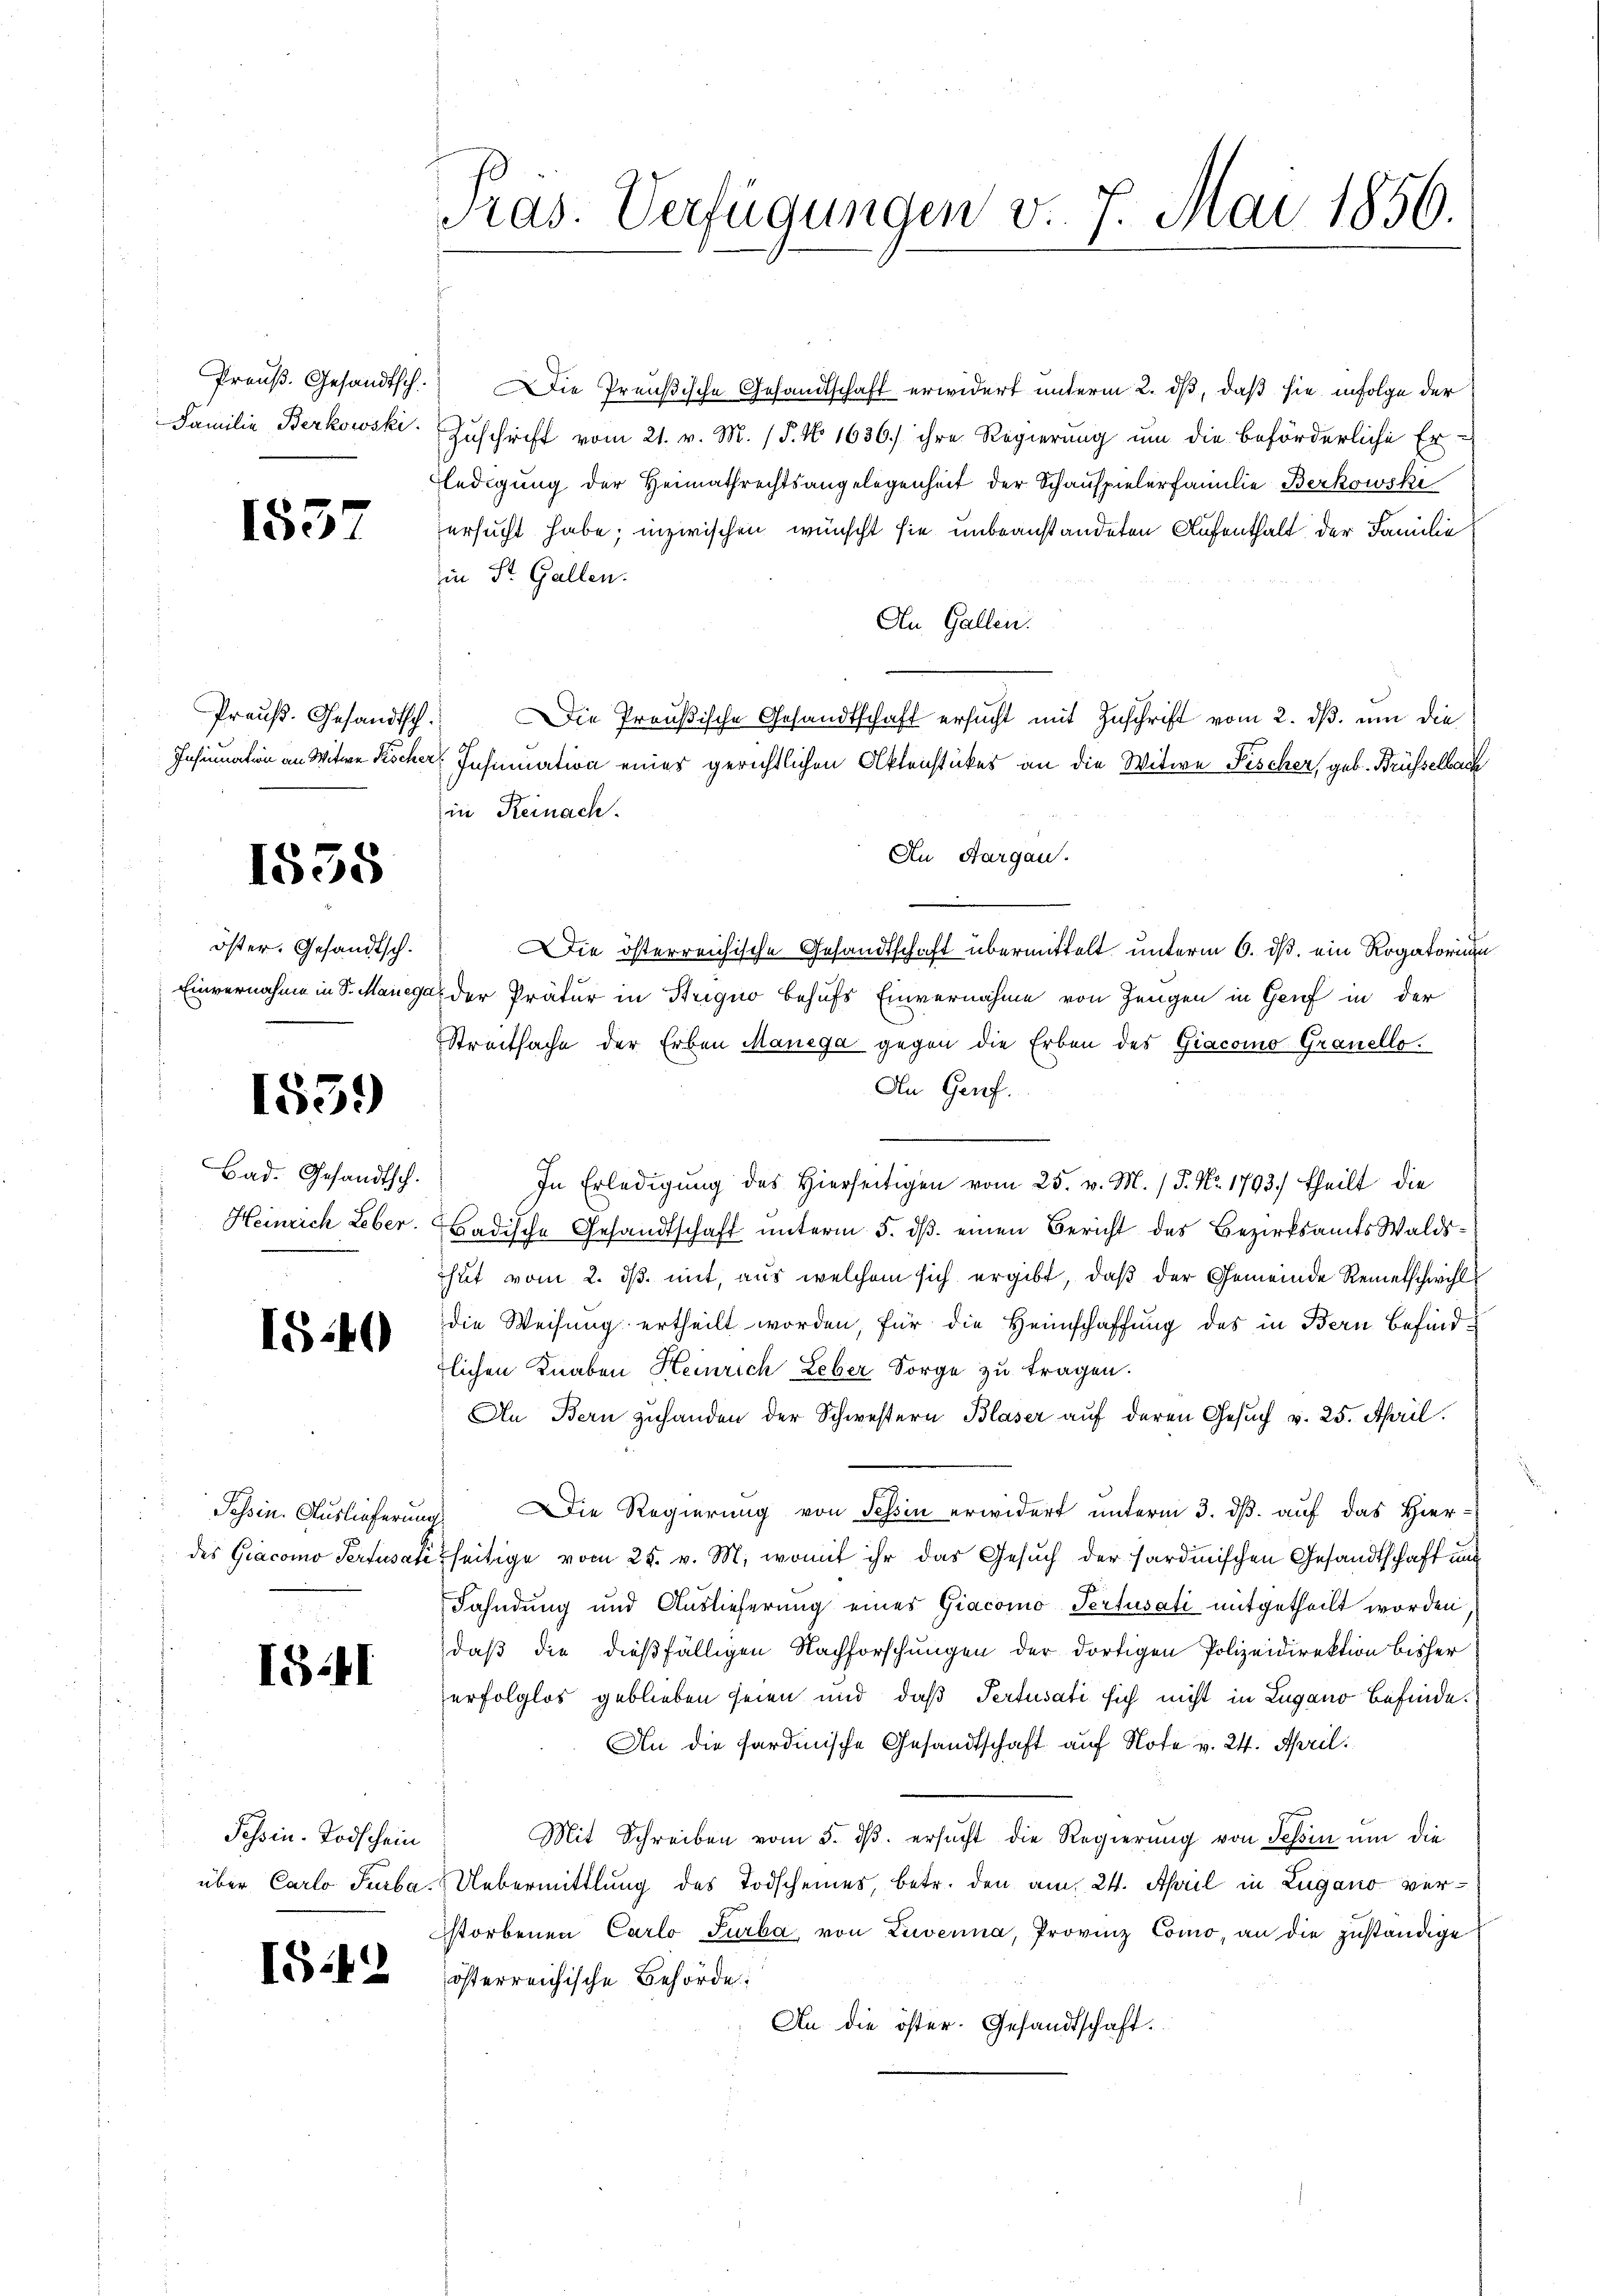
Preuß. Gesandtsch.
Familie Berkowski.

1557

Preuß. Gesandtsch.
Insinuation an Witwe Kocher

1838

öster. Gesandtsch.
Einvernahme in S. Manega

1559

Bad. Gesandtsch.
Heinrich Leber.

15.40

Tessin. Auslieferung
des Giacomo Pertisati

1541

Tessin. Todschein
über Carlo Turba.

IG.12

Pras. Verfügungen v. 7. Mai 1856.

Die Preußische Gesandtschaft erwidert unterm 2. ds, daß sie infolge der
Zuschrift vom 21. v. M. (T. No 1636) ihre Regierung um die beförderliche Er-
ledigung der Heimathrechtsangelegenheit der Schauspielerfamilie Berkowski
ersucht habe; inzwischen wünscht sie unbeanstandeten Aufenthalt der Familie
in St. Gallen.
An Gallen.
Die Preußische Gesandtschaft ersucht mit Zuschrift vom 2. ds. um die
Inhumation eines gerichtlichen Aktenstückes an die Witwe Fischer, geb. Brüsselbach
in Reinach.
An Aargau.
Die österreichische Gesandtschaft übermittelt unterm 6. ds. ein Rogatorium
der Prätur in Striquo behufs Einvernahme von Zeugen in Genf in der
Streitsache der Erben Manega gegen die Erben des Giacomo Granello.
An Genf.
In Erledigŭng des hierseitigen vom 25. v. M. P. Nr. 1793.) theilt die
Badische Gesandtschaft unterm 5. dβ einen Bericht des Bezirksamts Walds¬
Thut vom 2. ds. mit, aus welchem sich ergibt, daß der Gemeinde Remetschwihl
die Weisung ertheilt worden, für die Heimschaffung des in Bern befindlichen Knaben Heinrich Leber Sorge zu tragen.
An Bern zuhanden der Schwestern Blaser auf deren Gesuch v. 25. April.
Die Regierung von Tessin erwidert unterm 3. ds. auf das Hier-
tseitige vom 25. v. M., womit ihr das Gesuch der Sardinischen Gesandtschaft und
Fahndung und Auslieferung eines Giacomo Pertusati mitgetheilt worden
daß die dießfälligen Nachforschungen der dortigen Polizeidirektion bisher
erfolglos geblieben seien und daß Pertisati sich nicht in Lugano befinde.
An die sardinische Gesandtschaft auf Note v. 24. April.
Mit Schreiben vom 3. dβ. ersŭcht die Regierung von Tessin um die
Uebermittlung des Todscheines, betr. den am 24. April in Zugano verstorbenen Carlo Turba, von Zuverna, Provinz Como, an die zuständige
österreichische Behörde:
An die öster. Gesandtschaft.